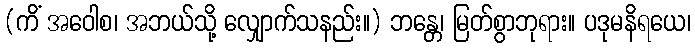
(ကိံ အဝေါစ၊ အဘယ်သို့ လျှောက်သနည်း။) ဘန္တေ၊ မြတ်စွာဘုရား။ ပဒုမနိရယေ၊